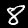
Digit: 8